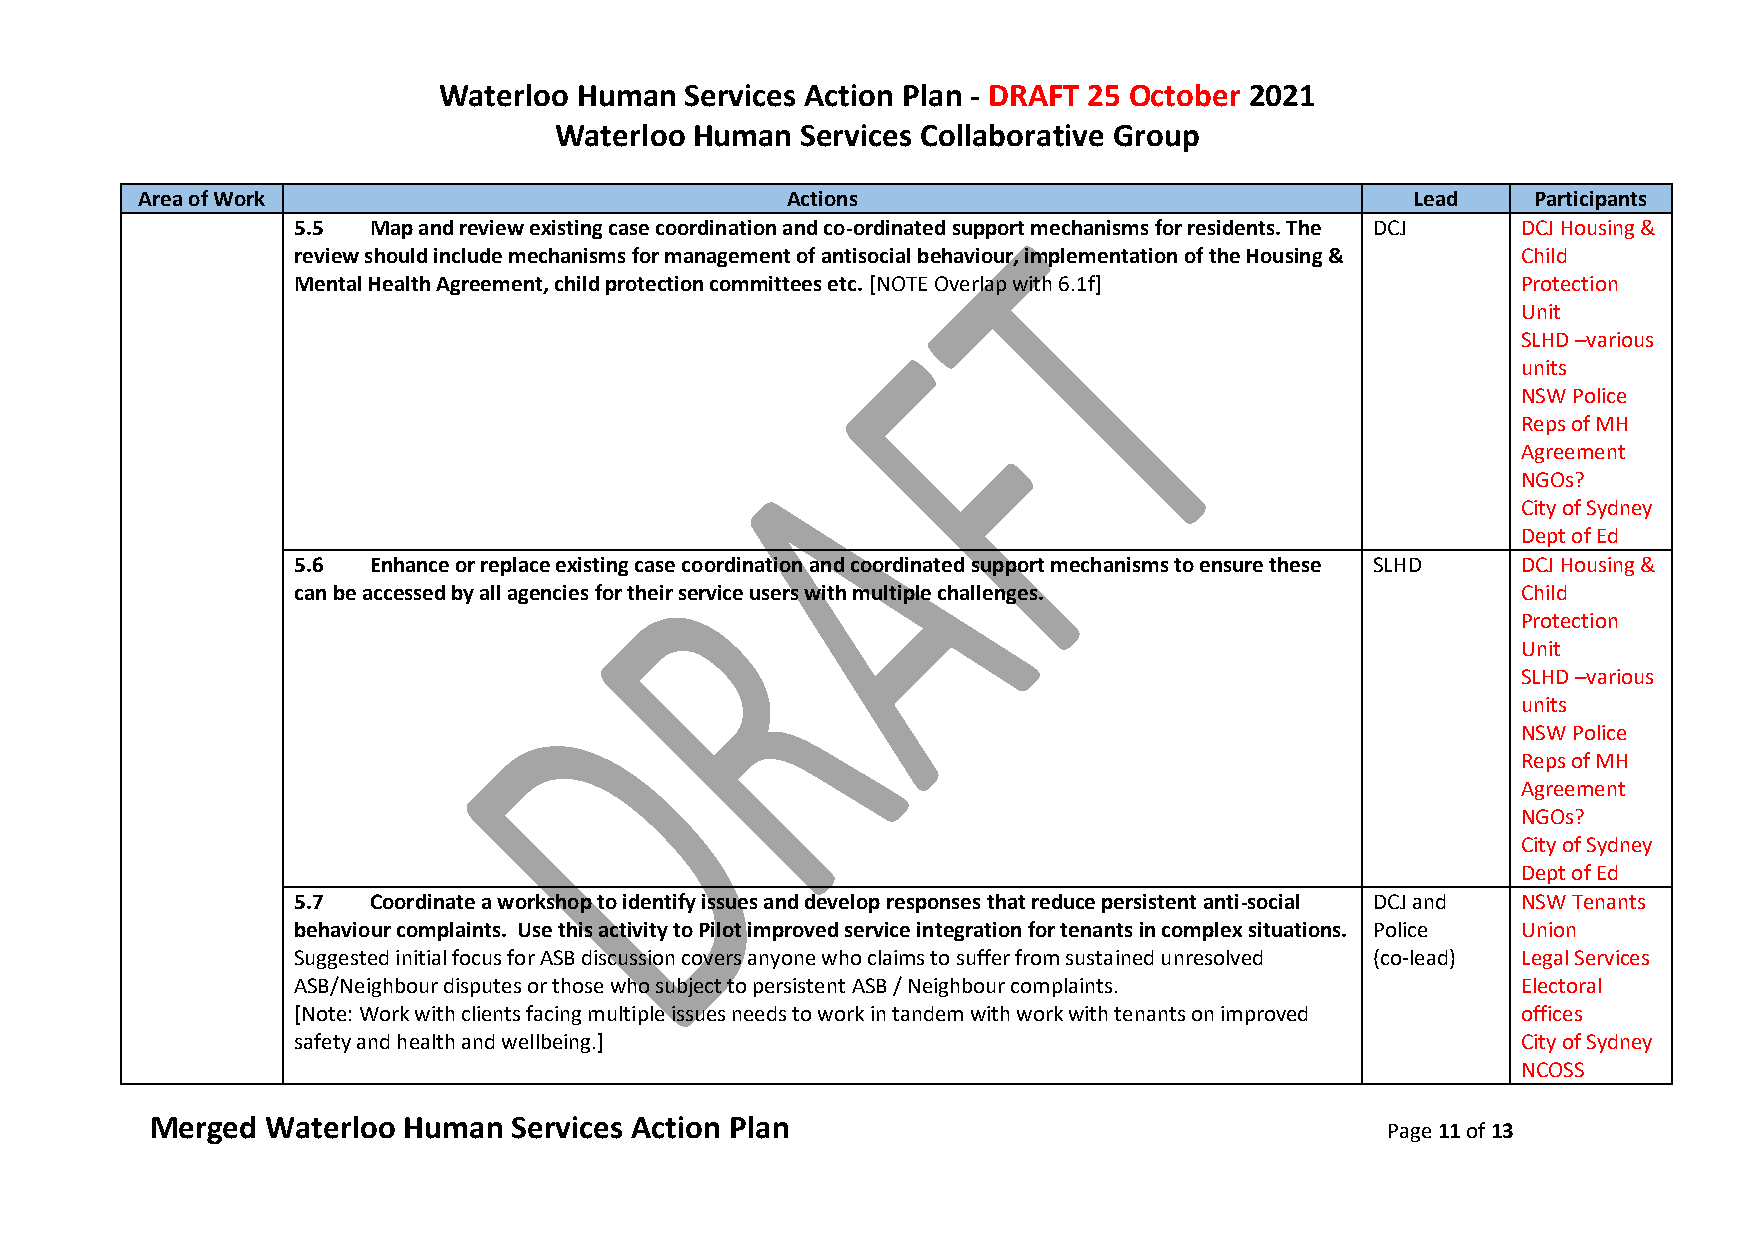
Waterloo Human  Services Action Plan - DRAFT 25 October 2021
 Waterloo Human  Services Collaborative Group
 Area of Work                               Actions                                   Lead   Participants
 5.5  Map and review existing case coordination and co-ordinated support mechanisms for residents. The DCJ DCJ Housing &
 review should include mechanisms for management of antisocial behaviour, implementation of the Housing & Child
 Mental Health Agreement, child protection committees etc. [NOTE Overlap with 6.1f] Protection
 Unit
 SLHD –various
 units
 NSW Police
 Reps of MH
 Agreement
 NGOs?
 City of Sydney
 Dept of Ed
 5.6  Enhance or replace existing case coordination and coordinated support mechanisms to ensure these SLHD DCJ Housing &
 can be accessed by all agencies for their service users with multiple challenges. Child
 Protection
 Unit
 SLHD –various
 units
 NSW Police
 Reps of MH
 Agreement
 NGOs?
 City of Sydney
 Dept of Ed
 5.7  Coordinate a workshop to identify issues and develop responses that reduce persistent anti-social DCJ and NSW Tenants
 behaviour complaints. Use this activity to Pilot improved service integration for tenants in complex situations. Police Union
 Suggested initial focus for ASB discussion covers anyone who claims to suffer from sustained unresolved (co-lead) Legal Services
 ASB/Neighbour disputes or those who subject to persistent ASB / Neighbour complaints. Electoral
 [Note: Work with clients facing multiple issues needs to work in tandem with work with tenants on improved offices
 safety and health and wellbeing.]                                                 City of Sydney
 NCOSS
 Merged  Waterloo Human  Services Action Plan
 Page 11 of 13